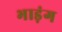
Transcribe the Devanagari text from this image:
भाड़ंग